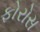
ફોરોસ